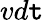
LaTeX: vd\mathtt{t}